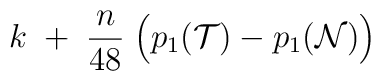
k \;+ \; {n\over 48} \; \Bigl( p_1({\cal T}) -  p_1({\cal N})  \Bigr)